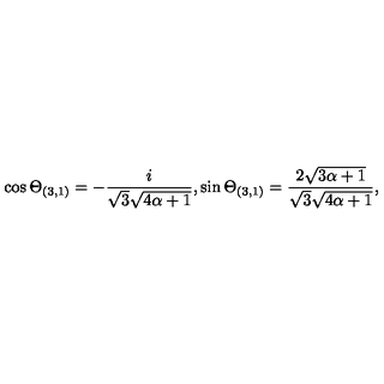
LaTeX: \cos \Theta _ { ( 3 , 1 ) } = - \frac { i } { \sqrt { 3 } \sqrt { 4 \alpha + 1 } } , \sin \Theta _ { ( 3 , 1 ) } = \frac { 2 \sqrt { 3 \alpha + 1 } } { \sqrt { 3 } \sqrt { 4 \alpha + 1 } } ,